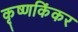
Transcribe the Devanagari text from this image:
कृष्णकिंकर